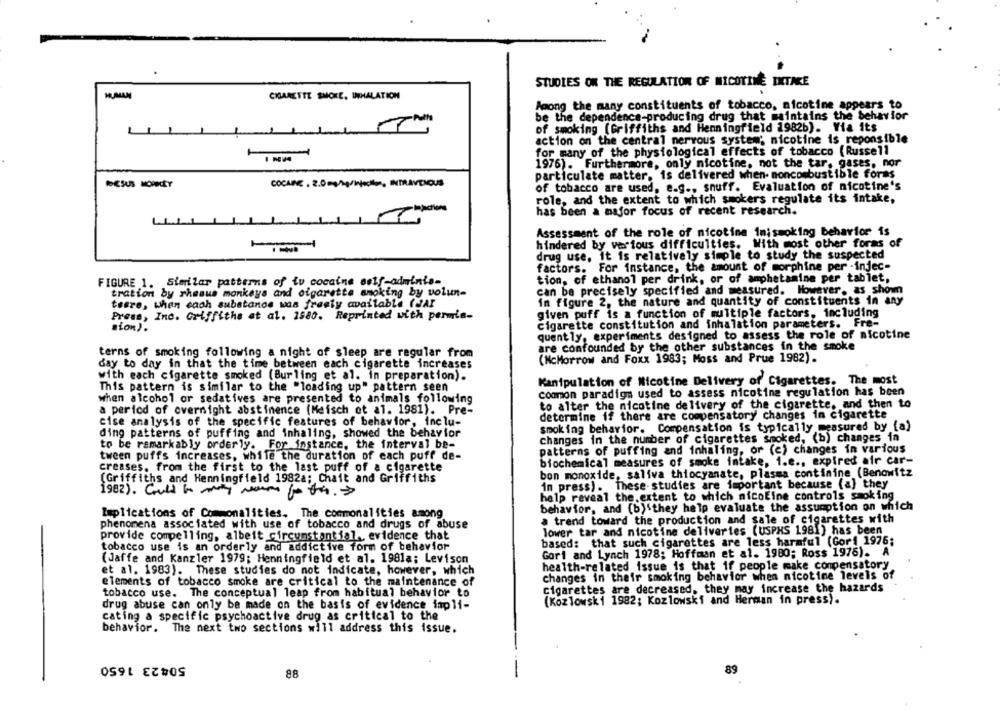
STUDIES ON THE REGULATION OF NICOTINE INTAKE
HUMAN
CHARETTE SMOKE, INHALATION
Among the many constituents of tobacco, nicotine appears to
be the dependence-producing drug that maintains the behavior
of smoking [Griffiths and Henningfield 1982b). Via its
1
action on the central nervous system; nicotine is reponsible
for many of the physiological effects of tobacco (Russell
1976). Furthermore, only nicotine, not the tar, gases, nor
particulate matter. is delivered when- noncombustible foras
COCARE . 2.0mg/kg/injectie, INTRAVENOUS
of tobacco are used, e.g ., snuff. Evaluation of nicotine's
role, and the extent to which smokers regulate its intake,
has been a major focus of recent research.
Assessment of the role of nicotine Inismoking behavior is
hindered by various difficulties. With most other forms of
drug use, It is relatively simple to study the suspected
factors. For instance, the amount of morphine per -injec-
tion, of ethanol per drink, or of amphetamine per tablet,
FIGURE 1. Similar patterns of iu cocaine self-adminis-
tration by rhesus monkeys and cigarette smoking by volun-
can be precisely specified and measured. However, as shown
teere, when caoh substance was freety available (Jar
in figure 2, the nature and quantity of constituents in any
given puff is a function of multiple factors, including
Press, Inc. Griffiths et al. 1980. Reprinted with permis-
sion).
Cigarette constitution and inhalation parameters. Fre-
quently, experiments designed to assess the role of nicotine
are confounded by the other substances in the smoke
terns of smoking following a night of sleep are regular from
(McMorrow and Foxx 1983; Moss and Prue 1982).
day to day in that the time between each cigarette increases
with each cigarette smoked (Burling et al. in preparation).
Kanipulation of Nicotine Delivery of Cigarettes. The most
This pattern is similar to the "loading up" pattern seen
common paradigm used to assess nicotine regulation has been
when alcohol or sedatives are presented to animals following
to alter the nicotine delivery of the cigarette, and then to
a period of overnight abstinence (Meisch et al. 1981). Pre-
determine if there are compensatory changes in Cigarette
cise analysis of the specific features of behavior, inclu-
smoking behavior. Compensation is typically measured by (a)
ding patterns of puffing and inhaling, showed the behavior
changes in the number of cigarettes smoked, (b) changes in
to be remarkably orderly. For instance, the interval be-
patterns of puffing and inhaling, or (e) changes in various
tween puffs increases, while the duration of each puff de-
biochemical measures of smoke intake, i.e ., expired air car-
creases. from the first to the last puff of a cigarette
bon monoxide, saliva thiocyanate, plasma continine (Benowitz
(Griffiths and Henningfield 1982a; Chait and Griffiths
in press). These-studies are important because (a) they
1982). Could to many more fo the.
help reveal the extent to which nicoEine controls smoking
behavior, and (b) they help evaluate the assumption on which
Implications of Commonalities. The commonalities among
a trend toward the production and sale of cigarettes with
phenomena associated with use of tobacco and drugs of abuse
lower tar and nicotine deliveries (USPHS 1981) has been
provide compelling, albeit circumstantial ., evidence that
based: that such cigarettes are less harmful (Gor1 1976;
tobacco use is an orderly and addictive form of behavior
Gori and Lynch 1978; Hoffman et al. 1980; Ross 1976). A
(Jaffe and Kanzler 1979; Henningfield et al. 1981a; Levison
health-related_issue is that if people make compensatory
et al. 1983). These studies do not indicate, however, which
changes in their smoking behavior when nicotine levels of
elements of tobacco smoke are critical to the maintenance of
cigarettes are decreased, they may increase the hazards
tobacco use. The conceptual leap from habitual behavior to
drug abuse can only be made on the basis of evidence impli-
(Kozlowski 1982; Kozlowski and Herman in press).
cating a specific psychoactive drug as critical to the
behavior. The next two sections will address this issue.
50423 1650
88
89